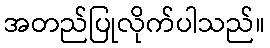
အတည်ပြုလိုက်ပါသည်။